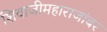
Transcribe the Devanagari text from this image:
शिवाजीमहाराजांबर